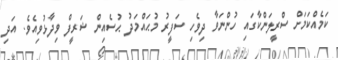
ކަމެއްކަމަށް ސްރީލަންކާގައި ހުންނަވާ ދިވެހި ސަފީރު މުޙައްމަދު ޙުސެއިން ޝަރީފް ވިދާޅުވިއެވެ. އަދި